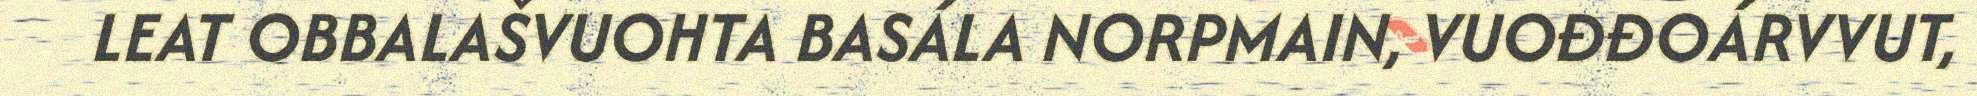
LEAT OBBALAŠVUOHTA BASÁLA NORPMAIN, VUOĐĐOÁRVVUT,